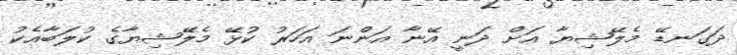
ދަގަނޑޭ މެލޭޝިޔާ އަށް ދަނީ އޭނާ އަންނަ އަހަރު ކުޅޭ މެލޭޝިޔާގެ ކުލަބާއެކު